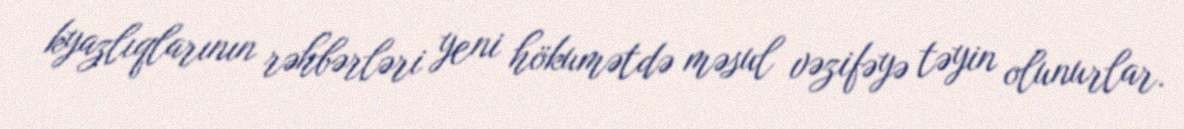
kyazlıqlarının rəhbərləri yeni hökumətdə məsul vəzifəyə təyin olunurlar.